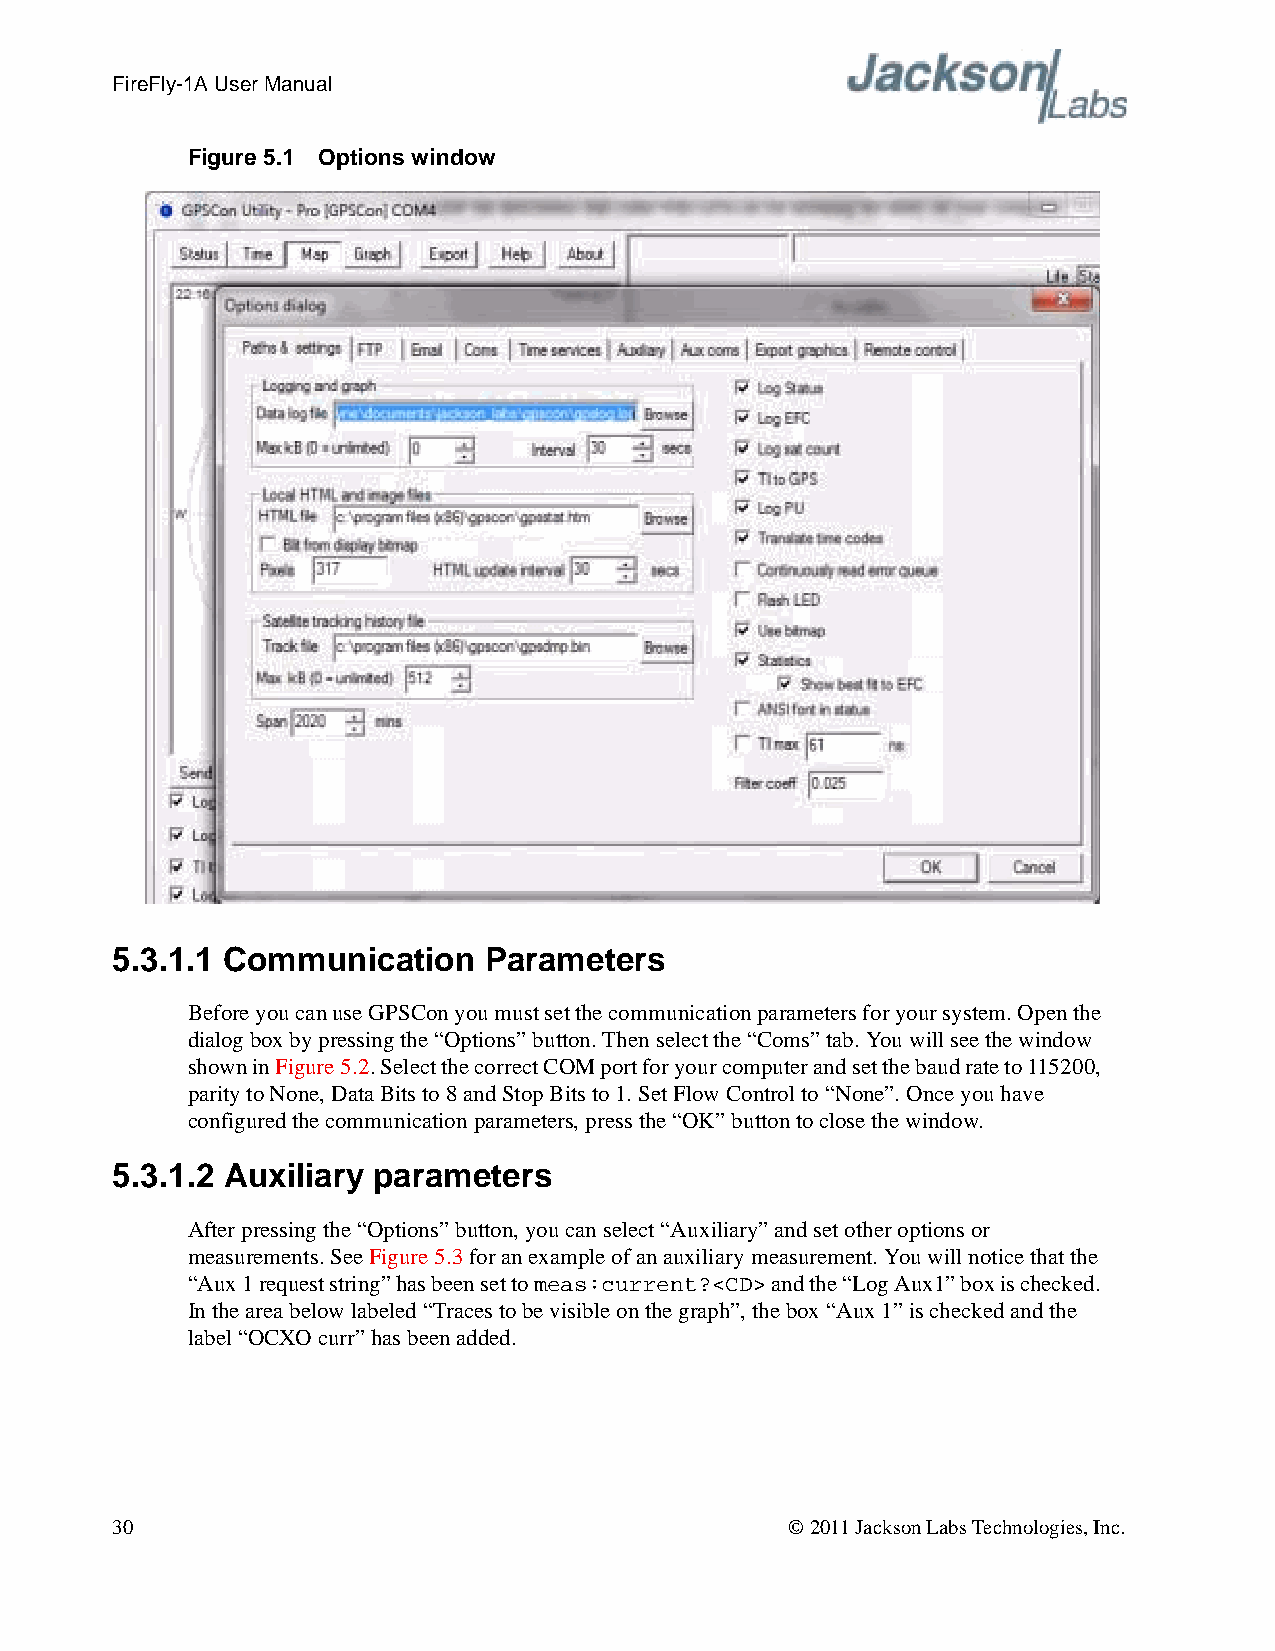
FireFly-1A User Manual
 Figure 5.1 Options window
 5.3.1.1 Communication    Parameters
 Before you can use GPSCon you must set the communication parameters for your system. Open the
 dialog box by pressing the “Options” button. Then select the “Coms” tab. You will see the window
 shown in Figure5.2. Select the correct COM port for your computer and set the baud rate to 115200,
 parity to None, Data Bits to 8 and Stop Bits to 1. Set Flow Control to “None”. Once you have
 configured the communication parameters, press the “OK” button to close the window.
 5.3.1.2 Auxiliary parameters
 After pressing the “Options” button, you can select “Auxiliary” and set other options or
 measurements. See Figure5.3 for an example of an auxiliary measurement. You will notice that the
 “Aux 1 request string” has been set to meas:current?<CD> and the “Log Aux1” box is checked.
 In the area below labeled “Traces to be visible on the graph”, the box “Aux 1” is checked and the
 label “OCXO curr” has been added.
 30                                           © 2011 Jackson Labs Technologies, Inc.